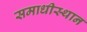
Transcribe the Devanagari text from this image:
समाधीस्थान